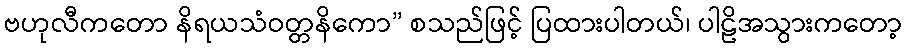
ဗဟုလီကတော နိရယသံဝတ္တနိကော” စသည်ဖြင့် ပြထားပါတယ်၊ ပါဠိအသွားကတော့